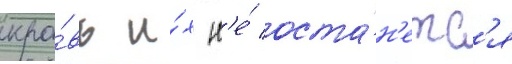
кро́вь и́х н'е́ оста́н'етс'я